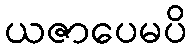
ယဇာပေမပိ